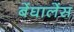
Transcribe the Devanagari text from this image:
बेंघालेंस